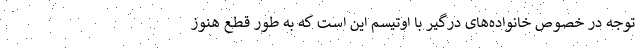
توجه در خصوص خانواده‌های درگیر با اوتیسم این است که به طور قطع هنوز